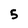
Character: 5